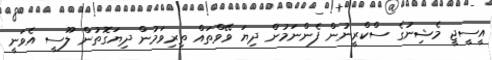
އީސީޖީ މެޝިނުގެ ސްކްރީނުން ފެންނަމުން ދިޔަ ވޭވްތައް ތިރިވަމުން ދިޔަގޮތުން ލޫސީ އެވަނީ